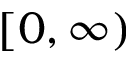
[ 0 , \infty )